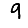
Digit: 9